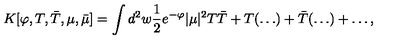
K [ \varphi , T , \bar { T } , \mu , \bar { \mu } ] = \int d ^ { 2 } w { \frac { 1 } { 2 } } e ^ { - \varphi } | \mu | ^ { 2 } T \bar { T } + T ( \ldots ) + \bar { T } ( \ldots ) + \ldots ,